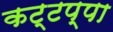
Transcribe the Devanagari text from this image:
कट्टप्पा